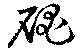
嵬